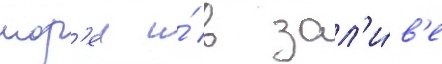
мор'еи и́ в зал'и́в'е